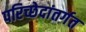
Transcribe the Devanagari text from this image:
परिच्छेदांतर्गत